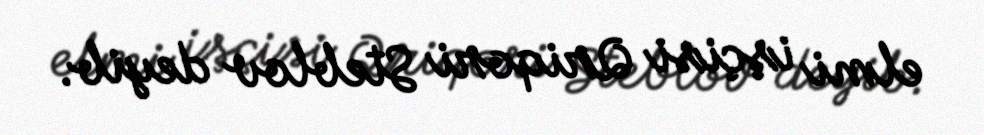
elmi işçisi Qriqori Steblov deyib.